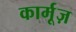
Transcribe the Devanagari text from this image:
कार्मूज़